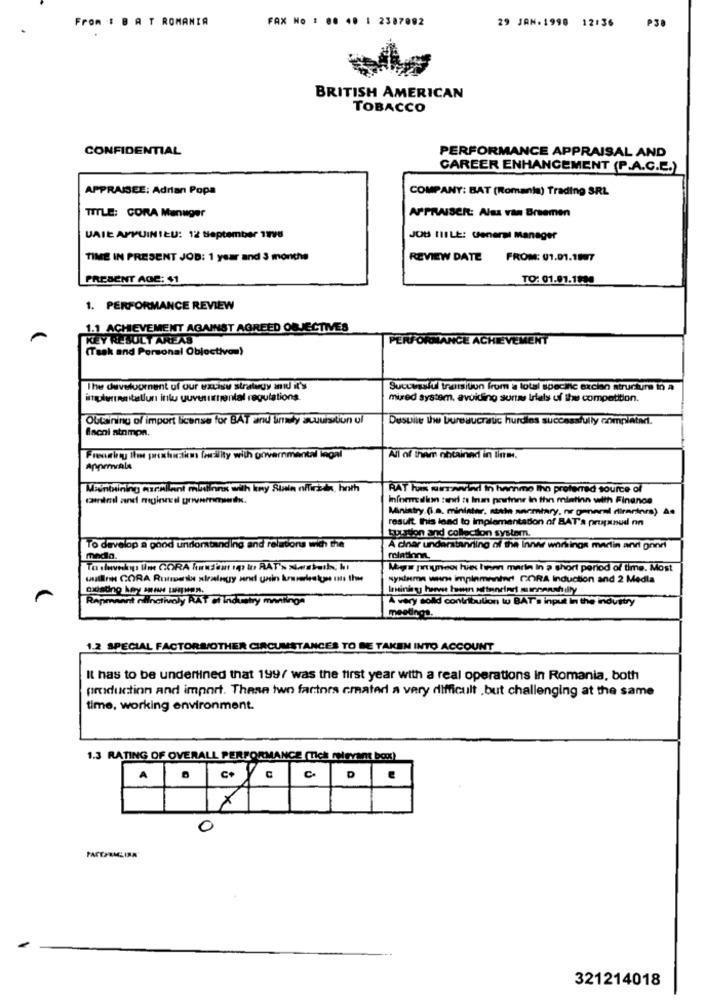
From : B A T ROMANIA
FAX No : 00 40 1 2387092
29 JAN.1998 12:36
P30
BRITISH AMERICAN
TOBACCO
CONFIDENTIAL
PERFORMANCE APPRAISAL AND
CAREER ENHANCEMENT (P.A.C.E.)
APPRAISEE: Adrian Popa
COMPANY: BAT (Romania) Trading SRL
TITLE: CORA Manuger
APPRAISER: Alsa van Breemen
UAIE APPUINIEU: 12 September 1998
JOB IIILE: General manager
TIME IN PRESENT JOD: 1 year and 3 months
REVIEW DATE FROM: 01.01.1807
PRESENT AGE: 41
TO: 01.01.1990
1. PERFORMANCE REVIEW
1.1 ACHIEVEMENT AGAINST AGREED OBJECTIVES
KEY RESULT AREAS
PERFORMANCE ACHIEVEMENT
(Task and Personal Objectivos)
The development of our excisu strategy mid it's
Successful transitun from a total specific excian structure in a
implementallun into guvernrental regulations.
mired system, avoiding sur trials of the competition.
Obtaining of import license for BAT and unky acuuisation ul
Desuile Iw bureaucratic hurdles successfully completed.
fiscal strimpn.
Freceiny Iene paroxhistime facility with governmental ingal
All of them obtainnd in lini.
Approvals
Maintaining Azrallant minns with kry Stin nffirida, hoth
RAT has wirwwwwind In hernme Iho preferred source of
caitml and meginnsel government.
Infoemedion tand te Inan portine in thn mintinn with Finance
Ministry. (i.a. minister, atat sanmiary, nr general dirarinra) As
result. this lead to implementation of BAT'a propanud nn
toustion and collection system.
To develop a good undlorstanding and relations with the
A diner understanding of the Inner workings martin and gonri
miation
Mie paurew hs hansen marin in a short period of time. Most
systern wwwe impinmenind GORA Induction and 2 Medla
RApmnant nlinctivoly KAT ci industry manting
A very cold contribution to BAT i input in the industry
meetings.
1.2 SPECIAL FACTORS/OTHER CIRCUMSTANCES TO BE TAKEN INTO ACCOUNT
It has to be underlined that 199/ was the first year with a real operations in Romania, both
production and import. These two fartors cmateri a very difficult , but challenging at the same
time, working environment.
1.3 RATING OF OVERALL PERFORMANCE (Tick relevant box)
c+
CC
D
X
0
321214018